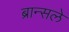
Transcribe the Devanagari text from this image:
ब्रान्सले